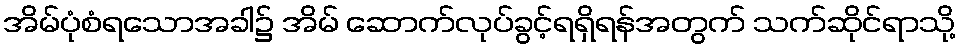
အိမ်ပုံစံရသောအခါ၌ အိမ် ဆောက်လုပ်ခွင့်ရရှိရန်အတွက် သက်ဆိုင်ရာသို့